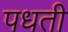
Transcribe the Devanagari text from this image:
पधती